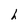
Character: h